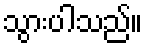
သွားပါသည်။